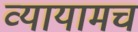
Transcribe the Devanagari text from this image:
व्यायामच